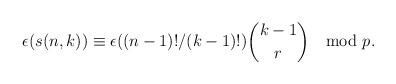
LaTeX: \begin{align*}\epsilon(s(n,k)) \equiv \epsilon((n-1)!/(k-1)!) \binom{k-1}{r} \mod p.\end{align*}